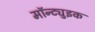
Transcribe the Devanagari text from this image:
मॉन्ट्युइक